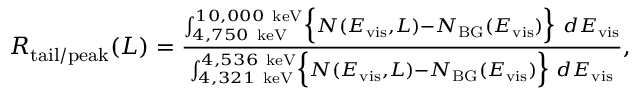
\begin{array} { r } { R _ { \mathrm { t a i l / p e a k } } ( L ) = \frac { \int _ { 4 , 7 5 0 ~ \mathrm { k e V } } ^ { 1 0 , 0 0 0 ~ \mathrm { k e V } } \Bigl \{ N ( E _ { \mathrm { v i s } } , L ) - N _ { \mathrm { B G } } ( E _ { \mathrm { v i s } } ) \Bigr \} ~ d E _ { \mathrm { v i s } } } { \int _ { 4 , 3 2 1 ~ \mathrm { k e V } } ^ { 4 , 5 3 6 ~ \mathrm { k e V } } \Bigl \{ N ( E _ { \mathrm { v i s } } , L ) - N _ { \mathrm { B G } } ( E _ { \mathrm { v i s } } ) \Bigr \} ~ d E _ { \mathrm { v i s } } } , } \end{array}